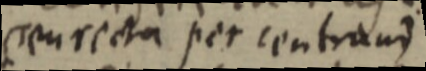
(seu recta per centrum)